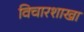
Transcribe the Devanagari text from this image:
विचारशाखा